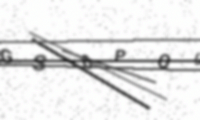
Text: GS0PQL